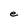
Character: e